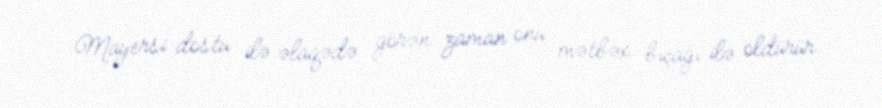
Mayersi dostu ilə əlaqədə görən zaman onu mətbəx bıçağı ilə öldürür.